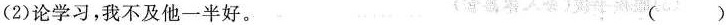
(2)论学习，我不\underset{·}{及}他一半好。 ( )